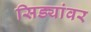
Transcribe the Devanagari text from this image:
सिड्यांवर